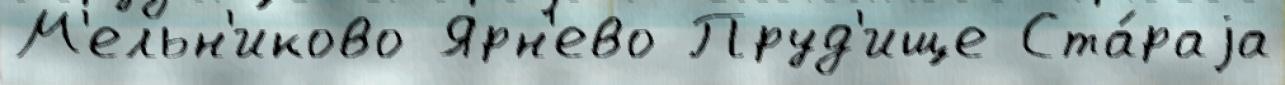
М'ельн'иково Ярн'ево Пруд'ище Ста́раjа